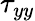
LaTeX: \tau_{yy}